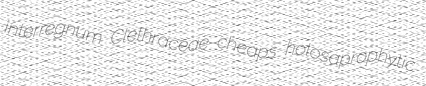
interregnum Clethraceae cheaps holosaprophytic